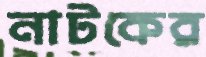
নাটকের